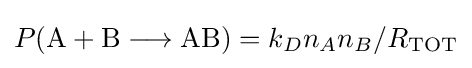
P({{\text{A}}{}+{}\mathrm {B} {}\mathrel {\longrightarrow } {}\mathrm {AB} })=k_{D}n_{A}n_{B}/R_{\mathrm {TOT} }